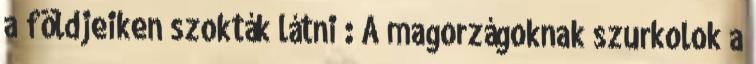
a földjeiken szokták látni : A magorzágoknak szurkolok a